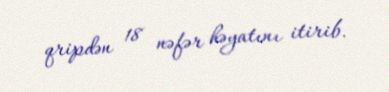
qripdən 18 nəfər həyatını itirib.